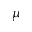
\displaystyle \mu